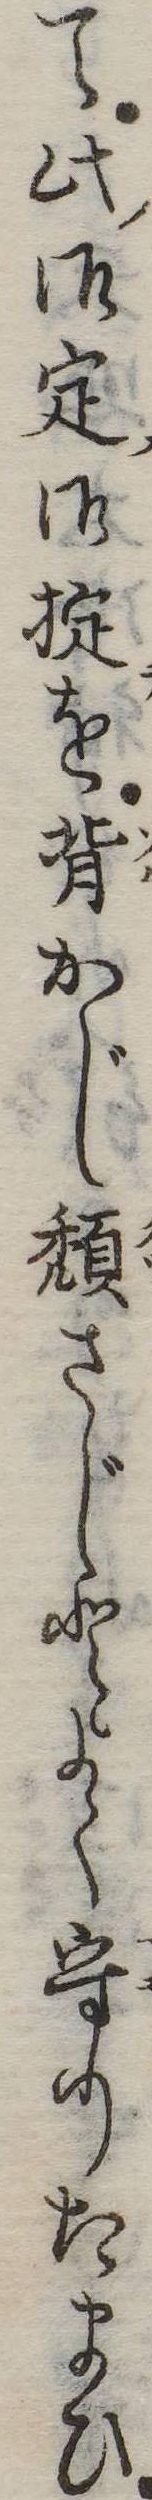
て此御定御掟を背かじ頽さじとよく守りたまひ